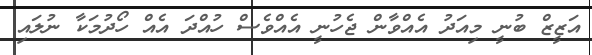
އަޒީޒް ބުނީ މިއަދު އެއްވާން ޖެހުނީ އެއްވެސް ހުއްދަ އެއް ހޯދުމަކާ ނުލައި